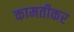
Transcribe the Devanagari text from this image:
कामतीकर